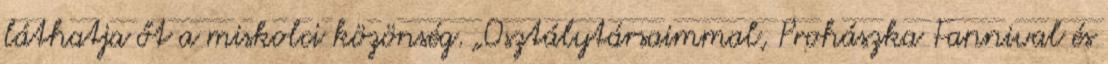
láthatja őt a miskolci közönség. „Osztálytársaimmal, Prohászka Fannival és